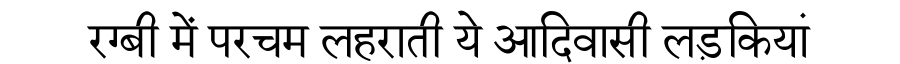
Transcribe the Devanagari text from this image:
रग्बी में परचम लहराती ये आदिवासी लड़कियां